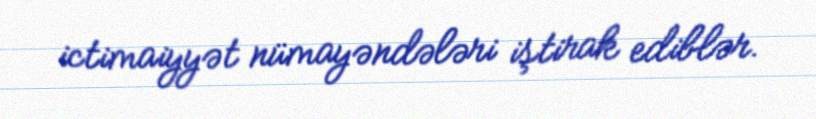
ictimaiyyət nümayəndələri iştirak ediblər.